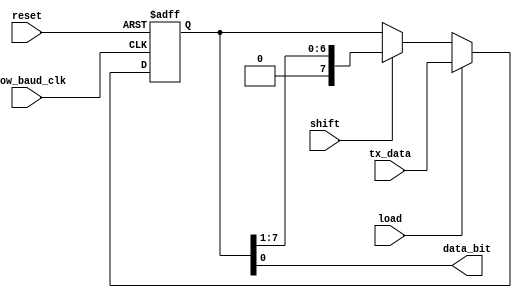
module piso_uart 
(
input   [7:0]tx_data,
input   slow_baud_clk,
input   shift,
input   load,
input   reset,
output  data_bit
);

reg [7:0] tx_temp;


always @(posedge slow_baud_clk,negedge reset)
begin
       if(!reset)
          tx_temp <= 8'b0;
        
	 
         else if (load)
             tx_temp <= tx_data;
			 
         else if (shift ) 
             tx_temp <= {1'b0,tx_temp[7:1]};	 

    
end

assign data_bit = tx_temp[0];
endmodule